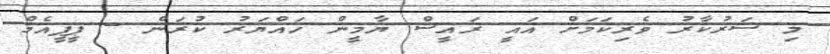
މި ސަރުކާރު ވެރިކަމަށް އައީ ރައީސް ޔާމީން ހައްޔަރު ކުރަން - ޕީޕީއެމް